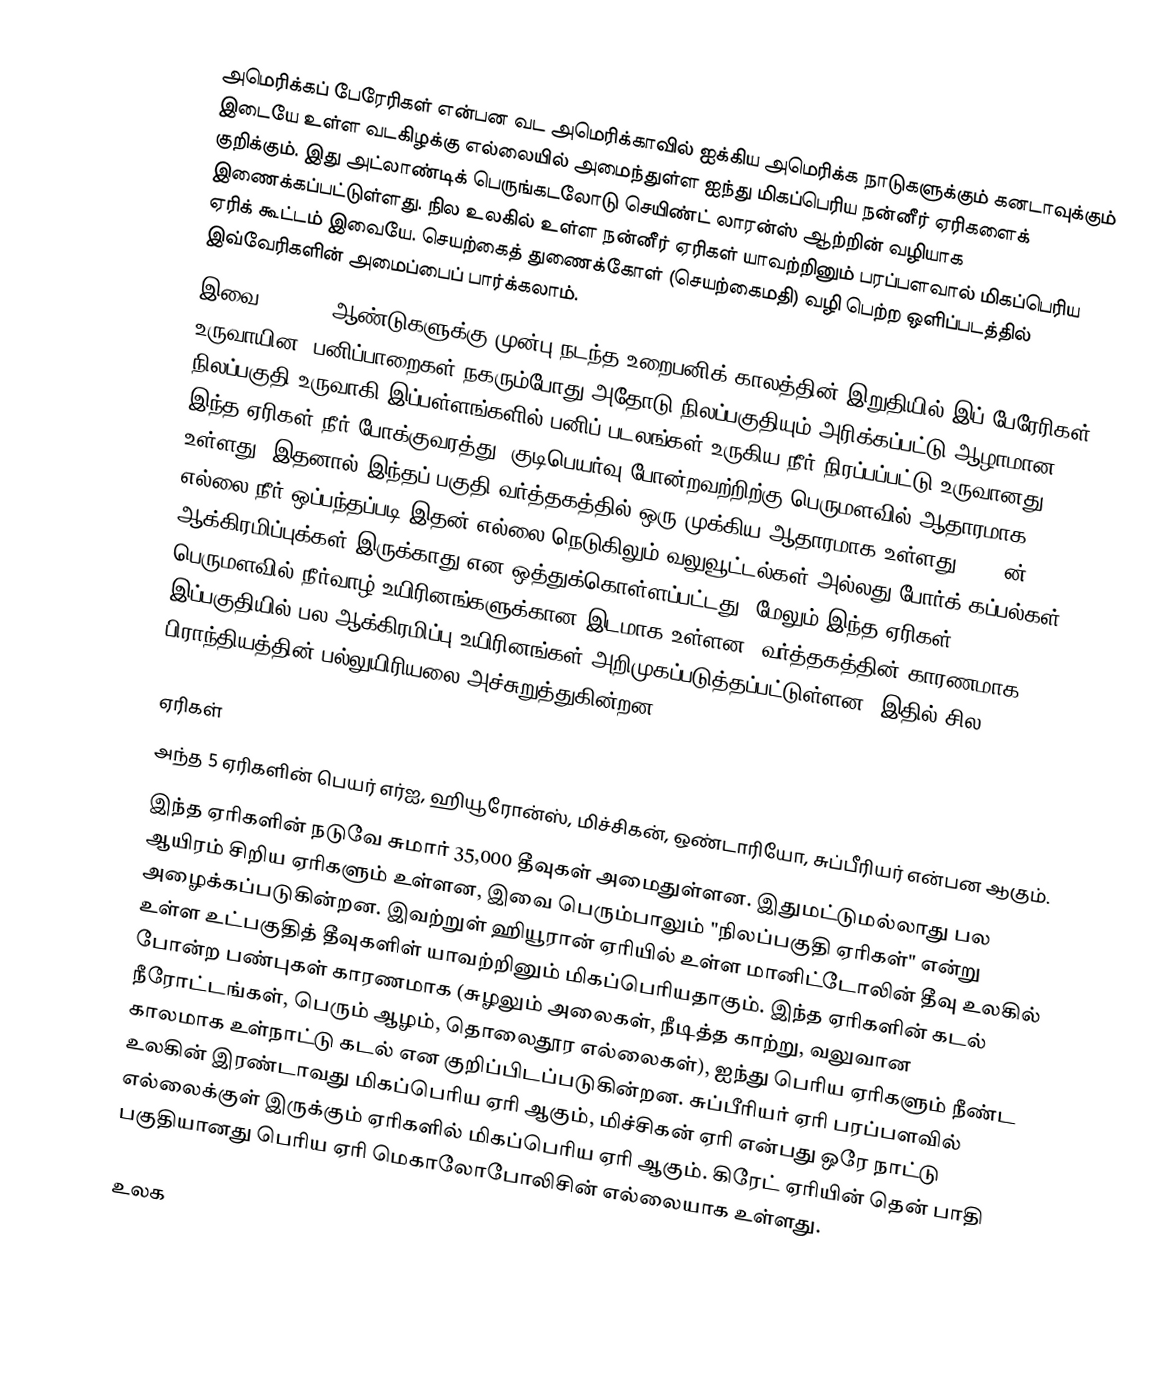
அமெரிக்கப் பேரேரிகள் என்பன வட அமெரிக்காவில் ஐக்கிய அமெரிக்க நாடுகளுக்கும் கனடாவுக்கும் இடையே உள்ள வடகிழக்கு எல்லையில் அமைந்துள்ள ஐந்து மிகப்பெரிய நன்னீர் ஏரிகளைக் குறிக்கும்.  இது அட்லாண்டிக் பெருங்கடலோடு செயிண்ட் லாரன்ஸ் ஆற்றின் வழியாக இணைக்கப்பட்டுள்ளது. நில உலகில் உள்ள நன்னீர் ஏரிகள் யாவற்றினும் பரப்பளவால் மிகப்பெரிய ஏரிக் கூட்டம் இவையே. செயற்கைத் துணைக்கோள் (செயற்கைமதி) வழி பெற்ற ஒளிப்படத்தில் இவ்வேரிகளின் அமைப்பைப் பார்க்கலாம்.
இவை, 14,000 ஆண்டுகளுக்கு முன்பு நடந்த உறைபனிக் காலத்தின் இறுதியில் இப் பேரேரிகள் உருவாயின, பனிப்பாறைகள் நகரும்போது அதோடு நிலப்பகுதியும் அரிக்கப்பட்டு ஆழாமான நிலப்பகுதி உருவாகி இப்பள்ளங்களில் பனிப் படலங்கள் உருகிய நீர் நிரப்பப்பட்டு உருவானது. இந்த ஏரிகள் நீர் போக்குவரத்து, குடிபெயர்வு போன்றவற்றிற்கு பெருமளவில் ஆதாரமாக உள்ளது. இதனால் இந்தப் பகுதி  வர்த்தகத்தில் ஒரு முக்கிய ஆதாரமாக உள்ளது. 1909ன் எல்லை-நீர் ஒப்பந்தப்படி இதன் எல்லை நெடுகிலும் வலுவூட்டல்கள் அல்லது போர்க் கப்பல்கள் ஆக்கிரமிப்புக்கள் இருக்காது என ஒத்துக்கொள்ளப்பட்டது. மேலும் இந்த ஏரிகள் பெருமளவில் நீர்வாழ் உயிரினங்களுக்கான இடமாக உள்ளன. வர்த்தகத்தின் காரணமாக இப்பகுதியில் பல ஆக்கிரமிப்பு உயிரினங்கள் அறிமுகப்படுத்தப்பட்டுள்ளன, இதில் சில பிராந்தியத்தின் பல்லுயிரியலை அச்சுறுத்துகின்றன.

ஏரிகள்
அந்த 5 ஏரிகளின் பெயர் எர்ஐ, ஹியூரோன்ஸ், மிச்சிகன், ஒண்டாரியோ, சுப்பீரியர் என்பன ஆகும்.
இந்த ஏரிகளின் நடுவே சுமார் 35,000 தீவுகள் அமைதுள்ளன. இதுமட்டுமல்லாது பல ஆயிரம் சிறிய ஏரிகளும் உள்ளன, இவை பெரும்பாலும் "நிலப்பகுதி ஏரிகள்" என்று அழைக்கப்படுகின்றன.  இவற்றுள் ஹியூரான் ஏரியில் உள்ள மானிட்டோலின் தீவு உலகில் உள்ள உட்பகுதித் தீவுகளிள் யாவற்றினும் மிகப்பெரியதாகும்.  இந்த ஏரிகளின் கடல் போன்ற பண்புகள் காரணமாக (சுழலும் அலைகள், நீடித்த காற்று, வலுவான நீரோட்டங்கள், பெரும் ஆழம், தொலைதூர எல்லைகள்),  ஐந்து பெரிய ஏரிகளும் நீண்ட காலமாக உள்நாட்டு கடல் என குறிப்பிடப்படுகின்றன. சுப்பீரியர் ஏரி பரப்பளவில் உலகின் இரண்டாவது மிகப்பெரிய ஏரி ஆகும்,  மிச்சிகன் ஏரி என்பது ஒரே நாட்டு எல்லைக்குள் இருக்கும் ஏரிகளில் மிகப்பெரிய ஏரி ஆகும்.   கிரேட் ஏரியின் தென் பாதி பகுதியானது பெரிய ஏரி மெகாலோபோலிசின் எல்லையாக உள்ளது.

உலக